Lunatic asylums Madras 1892-1911 - 1892-1911
Year: 1892
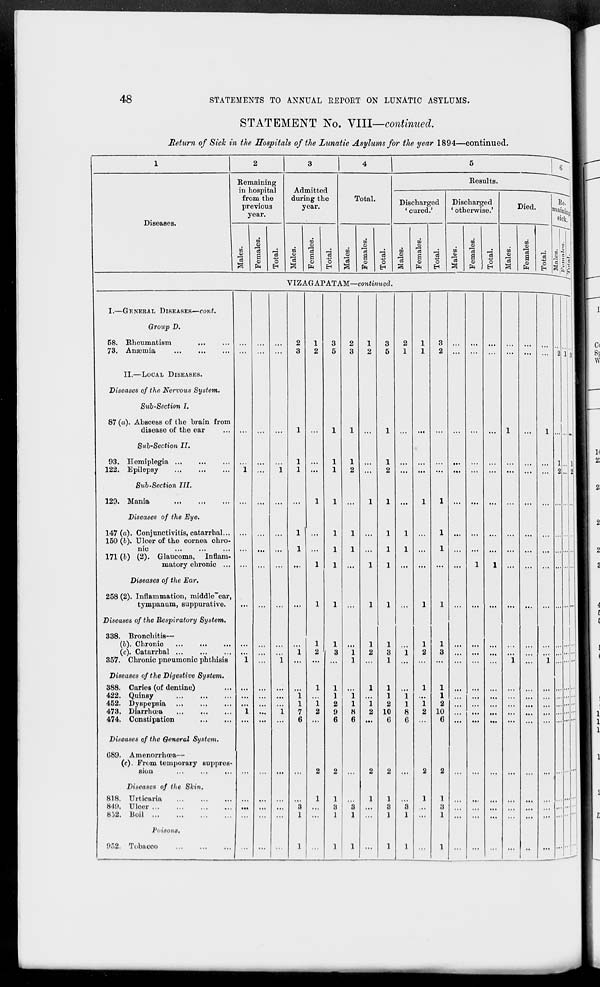
48
STATEMENTS TO ANNUAL REfORT ON LUNATIC ASYLUMS.
STATEMENT No. VIII—continued.
Return of Sick in the Hospitals of the Lunatic Asylums for the year 1894—continued.
2
3
4
5
6
Remaining
Results.
in hospital
Admitted
from the
previous
year.
during the
year.
Total.
Discharged
' cured.'
Discharged
' otherwise.'
Died
Ro.
sick."
09
TO
o5
m
m
CD
o>
o
01
u>
i
DO
%
^i
f/j
73
,_;
CO
13
•
03
A
•
m
03
J
OQ
03
. m J
13
a
CD
Pi
o3
o
a?
1*3
a
0)
fa
a
o
CD
13
a
CD
fa
o3
O
E-«
CD
13
a
s
s
fa
03
O
H
13
a
CD
fa
03
1
CD
a
fa
CtJ
O
EH
'3
Diseases.
VIZAGAPATAM—continued.
I.—GENERAL DISEASES—con/.
Qroup D.
58. Rheumatism
73. Anaemia
II.—LOCAL DISEASES.
Diseases of the Nervous System.
Sub-Section I.
87 (a). Abscess of the brain from
disease of the ear
Sub-Section II.
93. Hemiplegia
122. Epilepsy
Sub -Section III.
129. Mania
Diseases of the Eye.
147 (a). Conjunctivitis, catarrhal...
150 (b). Ulcer of the cornea chro-
nic
171 (b) (2). Glaucoma, Inflam-
matory chronic ...
Diseases of the Ear.
258 (2). Inflammation, middle~ear,
tympanum, suppurative.
Diseases of the Respiratory System.
338. Bronchitis—
(o). Chronic
...
...
(c). Catarrbal ...
357. Chronic pneumonic phthisis
Diseases of the Digestive System.
388. Caries (of dentine)
422. Quinsy
452. Dyspepsia
473. Diarrhoea
...
474. Constipation
Diseuses of the General System.
089. Amenorrhnea—
(c). From temporary suppres-
sion
Diseases of the Skin.
818. Urticaria
849. Uloor
852. Boil
Poisons.
952. Tobacco
1
3
1
1
2
10
6
1
1
2
10
6
18
1
...II